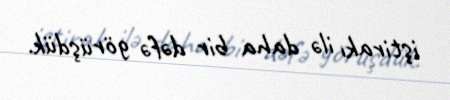
iştirakı ilə daha bir dəfə görüşdük.